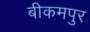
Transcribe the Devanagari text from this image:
बीकमपुर